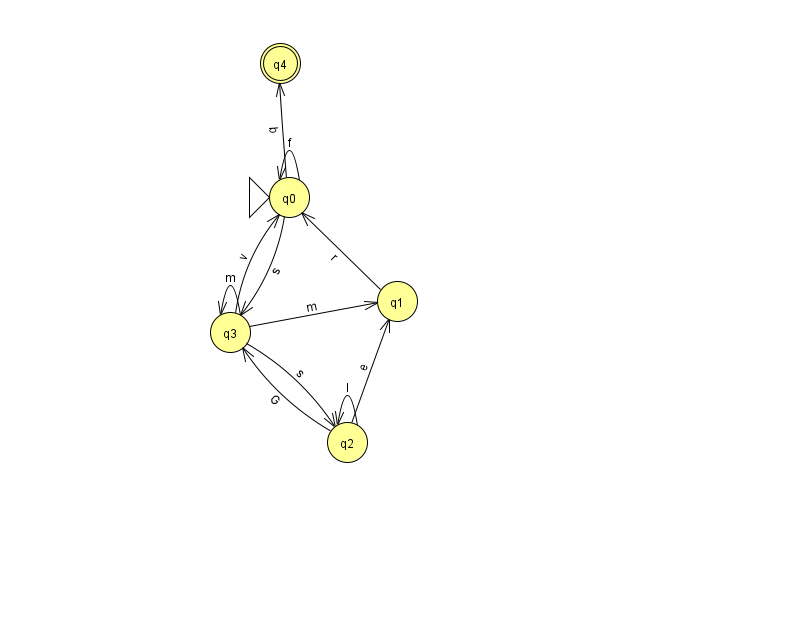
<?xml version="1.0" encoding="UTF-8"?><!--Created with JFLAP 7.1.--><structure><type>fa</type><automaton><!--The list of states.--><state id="0" name="q0"><x>289.0</x><y>184.0</y><initial/></state><state id="1" name="q1"><x>397.0</x><y>288.0</y></state><state id="2" name="q2"><x>347.0</x><y>429.0</y></state><state id="3" name="q3"><x>230.0</x><y>319.0</y></state><state id="4" name="q4"><x>280.0</x><y>50.0</y><final/></state><!--The list of transitions.--><transition><from>0</from><to>4</to><read>b</read></transition><transition><from>3</from><to>2</to><read>s</read></transition><transition><from>3</from><to>1</to><read>m</read></transition><transition><from>3</from><to>0</to><read>v</read></transition><transition><from>2</from><to>3</to><read>G</read></transition><transition><from>0</from><to>0</to><read>f</read></transition><transition><from>0</from><to>3</to><read>s</read></transition><transition><from>1</from><to>0</to><read>r</read></transition><transition><from>2</from><to>1</to><read>e</read></transition><transition><from>2</from><to>2</to><read>l</read></transition><transition><from>3</from><to>3</to><read>m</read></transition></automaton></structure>